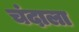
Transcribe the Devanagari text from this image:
चंदाला